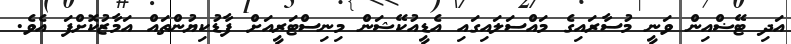
އަދި ޓޭޟްއިން ވަނީ މުސާރައިގެ މައްސަލައިގައި އެޑީއުކޭޝަން މިނިސްޓަރީއަށް ފާޑުކިޔުންތައް އަމާޒުކޮށްފަ އެވެ.